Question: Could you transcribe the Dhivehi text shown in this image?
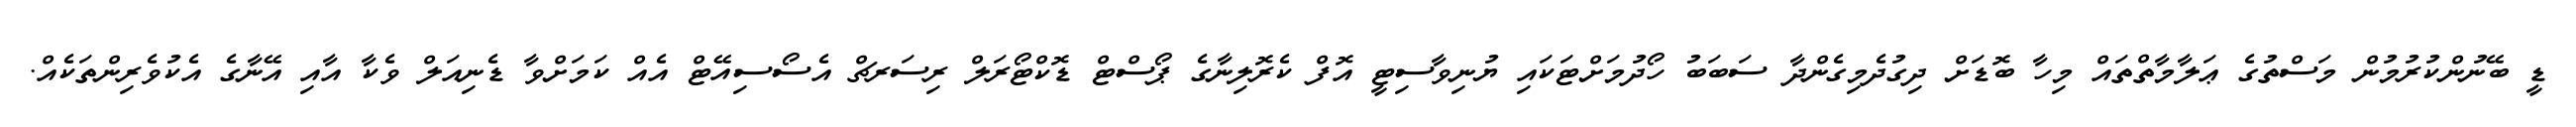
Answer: ޑީ ބޭނުންކުރުމުން މަސްތުގެ ޢަލާމާތްތައް މިހާ ބޮޑަށް ދިގުދެމިގެންދާ ސަބަބު ހޯދުމަށްޓަކައި ޔުނިވާސިޓީ އޮފް ކެރޮލިނާގެ ޕޯސްޓް ޑޮކްޓޯރަލް ރިސަރޗް އެސޯސިއޭޓް އެއް ކަމަށްވާ ޑެނިއަލް ވެކާ އާއި އޭނާގެ އެކުވެރިންތަކެއް.